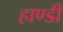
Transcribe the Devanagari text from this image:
हाण्डी